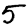
Digit: 5